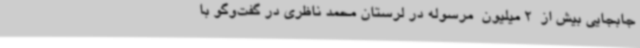
جابجایی بیش از  2 میلیون  مرسوله در لرستان محمد ناظری در گفت‌وگو با